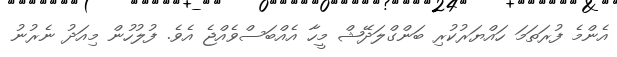
އެންމެ ފުރަތަމަ ހައްޔަރުކުރި ބަންގްލަދޭޝް މީހާ އެއްބަސްވެއްޖެ އެވެ. ފުލުހުން މިއަދު ނެރުނު